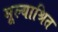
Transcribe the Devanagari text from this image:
मूल्याश्रित